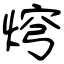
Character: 焪